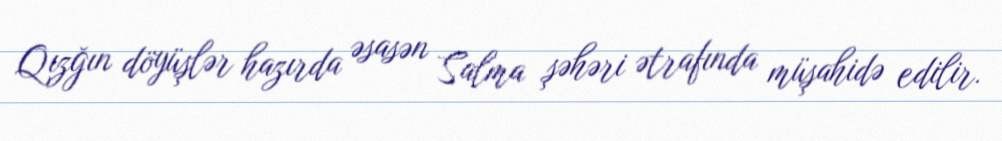
Qızğın döyüşlər hazırda əsasən Salma şəhəri ətrafında müşahidə edilir.